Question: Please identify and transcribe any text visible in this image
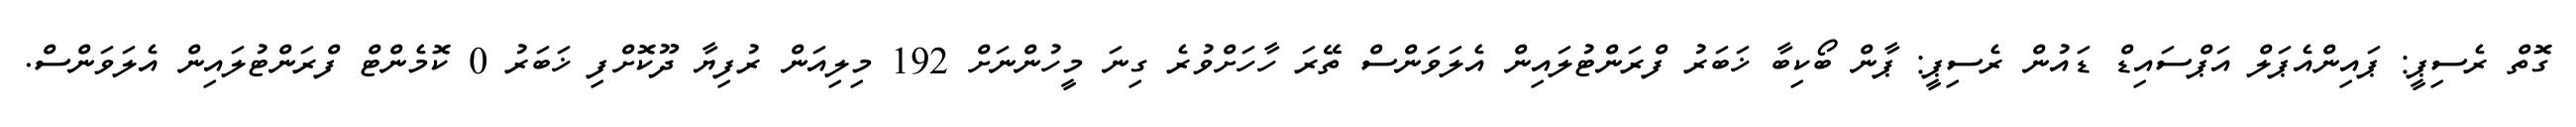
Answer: ގޮތް ރެސިޕީ: ޕައިންއެޕަލް އަޕްސައިޑް ޑައުން ރެސިޕީ: ޕާން ބޯކިބާ ޚަބަރު ފްރަންޓުލައިން އެލަވަންސް ތޭރަ ހާހަށްވުރެ ގިނަ މީހުންނަށް 192 މިލިއަން ރުފިޔާ ދޫކޮށްފި ޚަބަރު 0 ކޮމެންޓް ފްރަންޓުލައިން އެލަވަންސް.